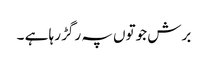
برش جوتوں پہ رگڑ رہا ہے ۔